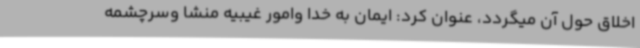
اخلاق حول آن میگردد، عنوان کرد: ایمان به خدا وامور غیبیه منشا وسرچشمه